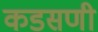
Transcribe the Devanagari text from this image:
कडसणी